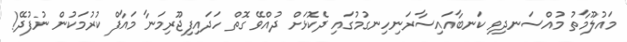
މައުލޫމާތު މުއްސަނދިވި ކަނބާއައިސާރަނިހިނގުމުގައި ދެކޮޅަށް ދުއްވޭ ގޮތް ހަދައިފިޖޫރިމަނާ މައާފް ކުރުމަކުން ނުފުދޭ!